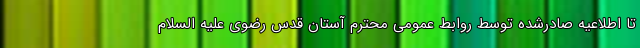
تا اطلاعیه صادرشده توسط روابط عمومی محترم آستان قدس رضوی علیه السلام